Plague in India, 1896, 1897 - Volume 3
Year: 1896
Disease focus: Plague
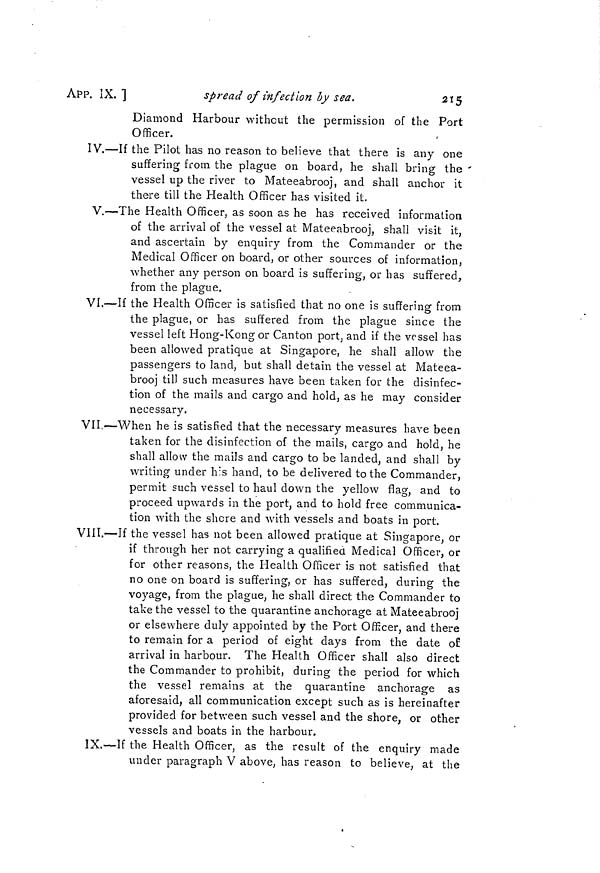
215
APP. IX. ]
spread of infection by sea.
Diamond Harbour without the permission of the Port
Officer.
IV.—If the Pilot has no reason to believe that there is any one
suffering from the plague on board, he shall bring the
vessel up the river to Mateeabrooj, and shall anchor it
there till the Health Officer has visited it.
V.—The Health Officer, as soon as he has received information
of the arrival of the vessel at Mateeabrooj, shall visit it,
and ascertain by enquiry from the Commander or the
Medical Officer on board, or other sources of information,
whether any person on board is suffering, or has suffered,
from the plague.
VI.—If the Health Officer is satisfied that no one is suffering from
the plague, or has suffered from the plague since the
vessel left Hong-Kong or Canton port, and if the vessel has
been allowed pratique at Singapore, he shall allow the
passengers to land, but shall detain the vessel at Mateea-
brooj till such measures have been taken for the disinfec-
tion of the mails and cargo and hold, as he may consider
necessary.
VII.—When he is satisfied that the necessary measures have been
taken for the disinfection of the mails, cargo and hold, he
shall allow the mails and cargo to be landed, and shall by
writing under his hand, to be delivered to the Commander,
permit such vessel to haul down the yellow flag, and to
proceed upwards in the port, and to hold free communica-
tion with the shore and with vessels and boats in port.
VIII.—If the vessel has not been allowed pratique at Singapore, or
if through her not carrying a qualified Medical Officer, or
for other reasons, the Health Officer is not satisfied that
no one on board is suffering, or has suffered, during the
voyage, from the plague, he shall direct the Commander to
take the vessel to the quarantine anchorage at Mateeabrooj
or elsewhere duly appointed by the Port Officer, and there
to remain for a period of eight days from the date of
arrival in harbour. The Health Officer shall also direct
the Commander to prohibit, during the period for which
the vessel remains at the quarantine anchorage as
aforesaid, all communication except such as is hereinafter
provided for between such vessel and the shore, or other
vessels and boats in the harbour.
IX.—If the Health Officer, as the result of the enquiry made
under paragraph V above, has reason to believe, at the